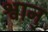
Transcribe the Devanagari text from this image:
श्वान्